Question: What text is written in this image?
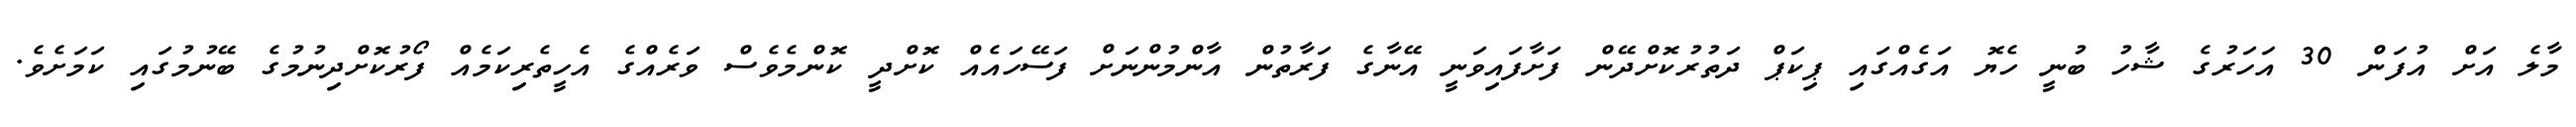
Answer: މާލެ އަށް އުފަން 30 އަހަރުގެ ޝާހު ބުނީ ހެޔޮ އަގެއްގައި ޕިކަޕް ދަތުރުކޮށްދޭން ފަށާފައިވަނީ އޭނާގެ ފަރާތުން އާންމުންނަށް ފަސޭހައެއް ކޮށްދީ ކޮންމެވެސް ވަރެއްގެ އެހީތެރިކަމެއް ފޯރުކޮށްދިނުމުގެ ބޭނުމުގައި ކަމަށެވެ.